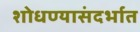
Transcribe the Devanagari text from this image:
शोधण्यासंदर्भात